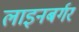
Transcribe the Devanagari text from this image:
लाइनबर्गर